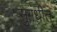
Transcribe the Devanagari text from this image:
सुगंधीत